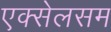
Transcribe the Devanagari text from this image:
एक्सेलसम